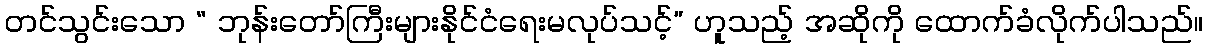
တင်သွင်းသော “ ဘုန်းတော်ကြီးများနိုင်ငံရေးမလုပ်သင့်” ဟူသည့် အဆိုကို ထောက်ခံလိုက်ပါသည်။